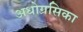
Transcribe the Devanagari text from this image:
अधोग्रसिका